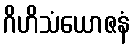
ဂိဟိသံယောဇနံ